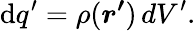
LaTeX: \mathrm{d}q^{\prime}=\rho({\boldsymbol{r^{\prime}}})\, dV^{\prime}.